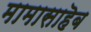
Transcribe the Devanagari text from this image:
मामासाहॆब